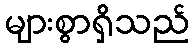
များစွာရှိသည်